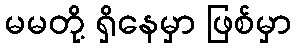
မမတို့ ရှိနေမှာ ဖြစ်မှာ